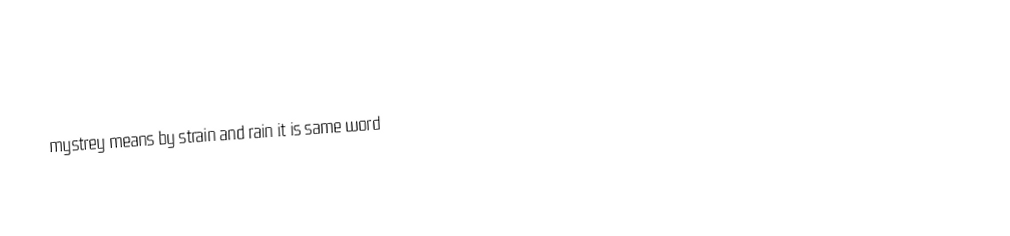
mystrey means by strain and rain it is same word